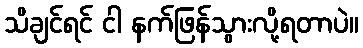
သိချင်ရင် ငါ နက်ဖြန်သွားလို့ရတာပဲ။